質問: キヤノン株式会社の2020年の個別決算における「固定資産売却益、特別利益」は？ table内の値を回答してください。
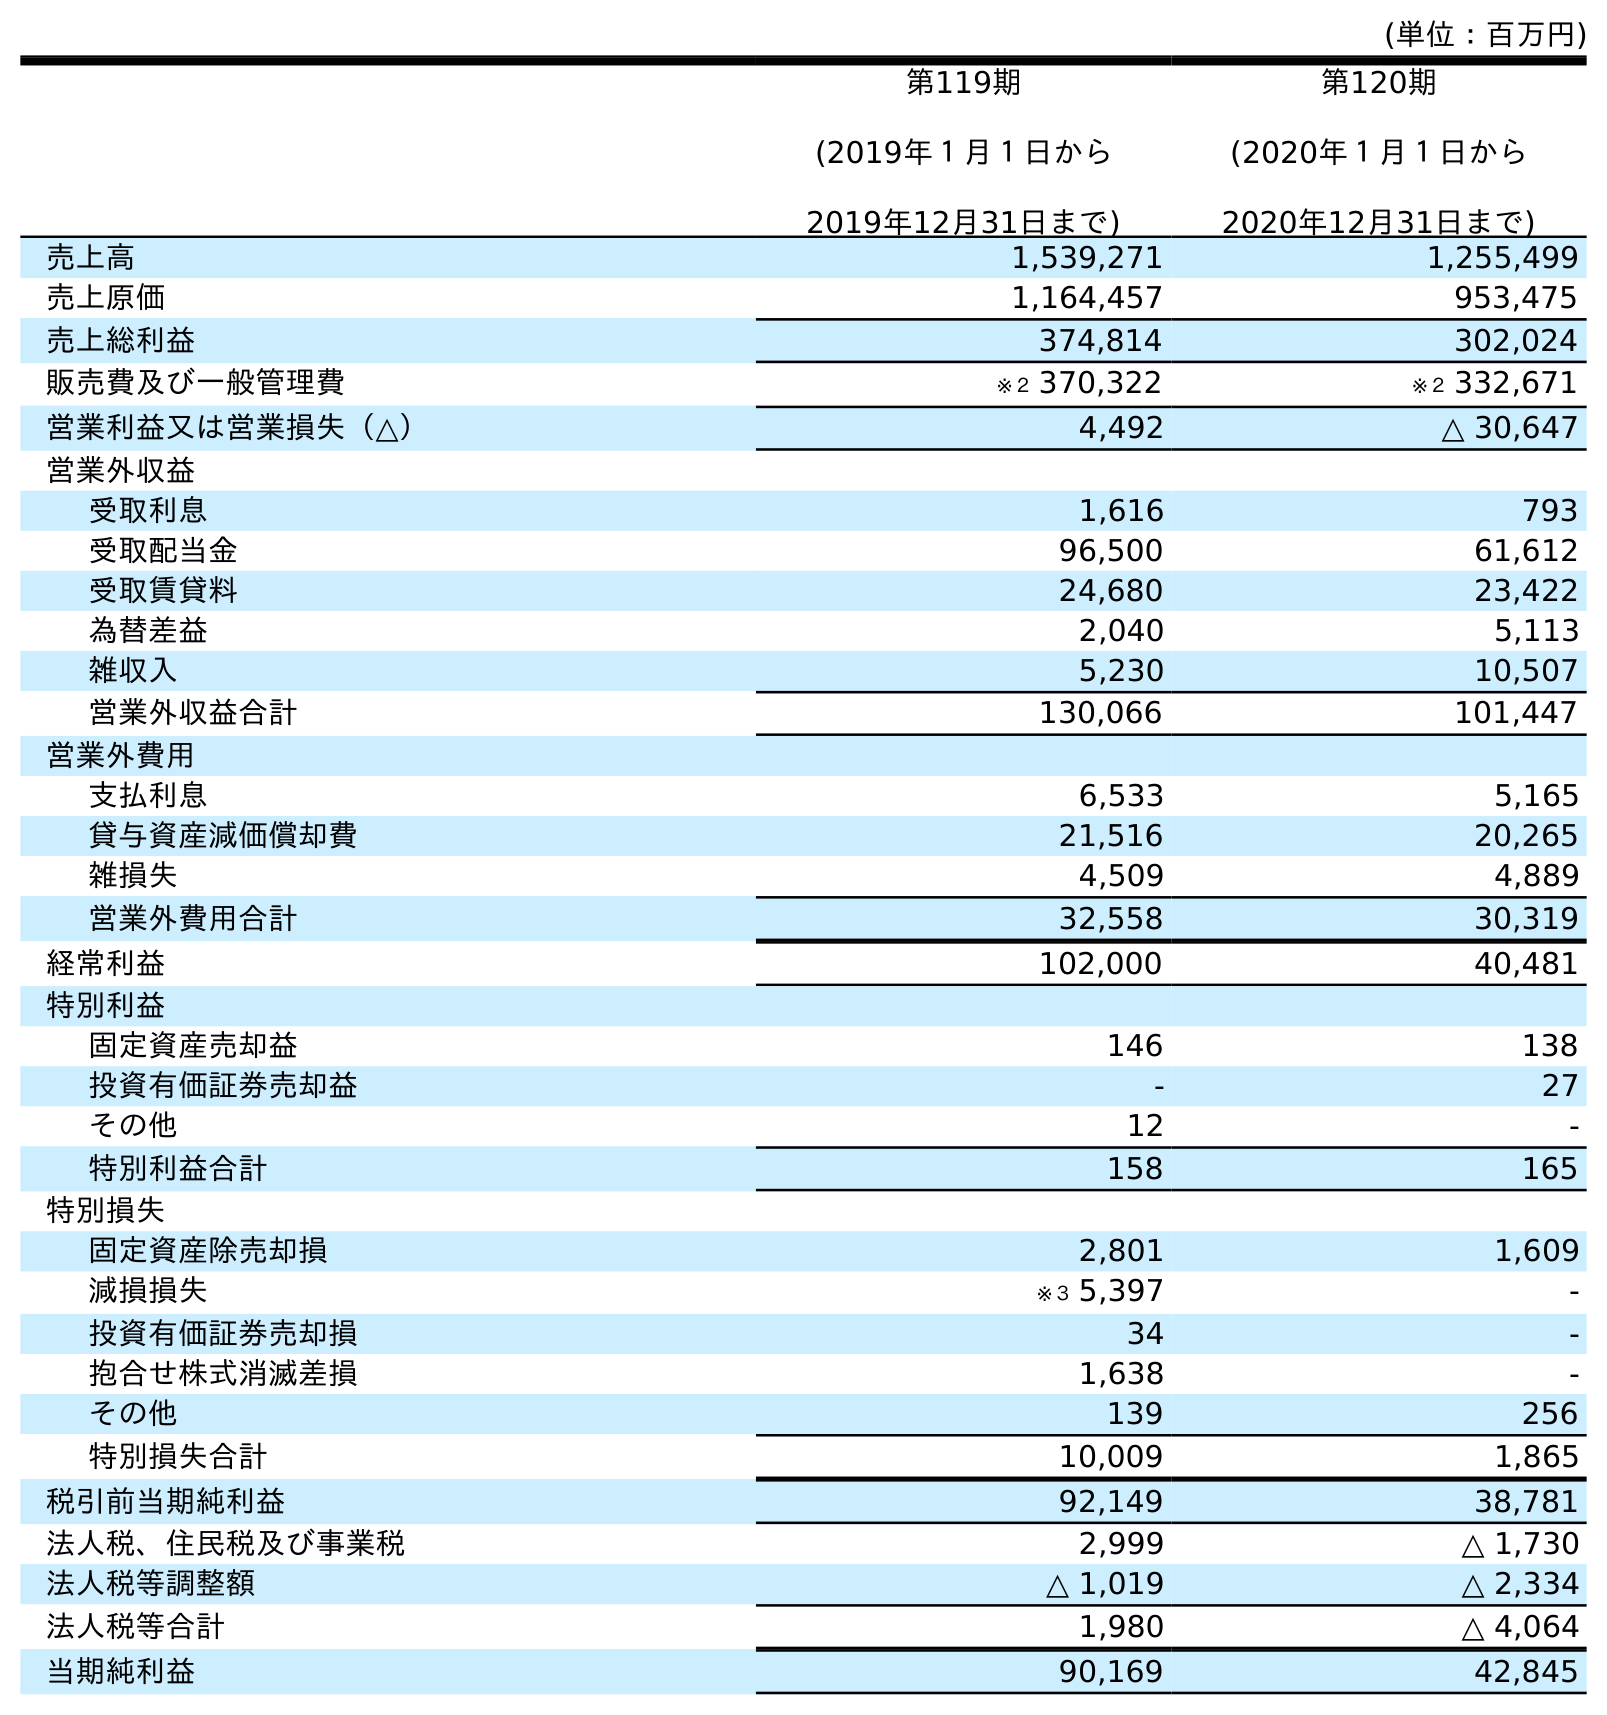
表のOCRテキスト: (単位：百万円) 第119期 (2019年１月１日から 2019年12月31日まで) 第120期 (2020年１月１日から 2020年12月31日まで) 売上高 1,539,271 1,255,499 売上原価 1,164,457 953,475 売上総利益 374,814 302,024 販売費及び一般管理費 ※２ 370,322 ※２ 332,671 営業利益又は営業損失（△） 4,492 △ 30,647 営業外収益 受取利息 1,616 793 受取配当金 96,500 61,612 受取賃貸料 24,680 23,422 為替差益 2,040 5,113 雑収入 5,230 10,507 営業外収益合計 130,066 101,447 営業外費用 支払利息 6,533 5,165 貸与資産減価償却費 21,516 20,265 雑損失 4,509 4,889 営業外費用合計 32,558 30,319 経常利益 102,000 40,481 特別利益 固定資産売却益 146 138 投資有価証券売却益 - 27 その他 12 - 特別利益合計 158 165 特別損失 固定資産除売却損 2,801 1,609 減損損失 ※３ 5,397 - 投資有価証券売却損 34 - 抱合せ株式消滅差損 1,638 - その他 139 256 特別損失合計 10,009 1,865 税引前当期純利益 92,149 38,781 法人税、住民税及び事業税 2,999 △ 1,730 法人税等調整額 △ 1,019 △ 2,334 法人税等合計 1,980 △ 4,064 当期純利益 90,169 42,845
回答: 138